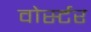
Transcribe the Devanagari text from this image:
वोर्स्टर